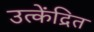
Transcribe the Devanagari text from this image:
उत्केंद्रित